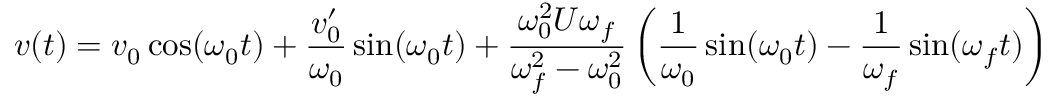
v ( t ) = v _ { 0 } \cos ( \omega _ { 0 } t ) + { \frac { v _ { 0 } ^ { \prime } } { \omega _ { 0 } } } \sin ( \omega _ { 0 } t ) + { \frac { \omega _ { 0 } ^ { 2 } U \omega _ { f } } { \omega _ { f } ^ { 2 } - \omega _ { 0 } ^ { 2 } } } \left( { \frac { 1 } { \omega _ { 0 } } } \sin ( \omega _ { 0 } t ) - { \frac { 1 } { \omega _ { f } } } \sin ( \omega _ { f } t ) \right)